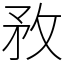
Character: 敄